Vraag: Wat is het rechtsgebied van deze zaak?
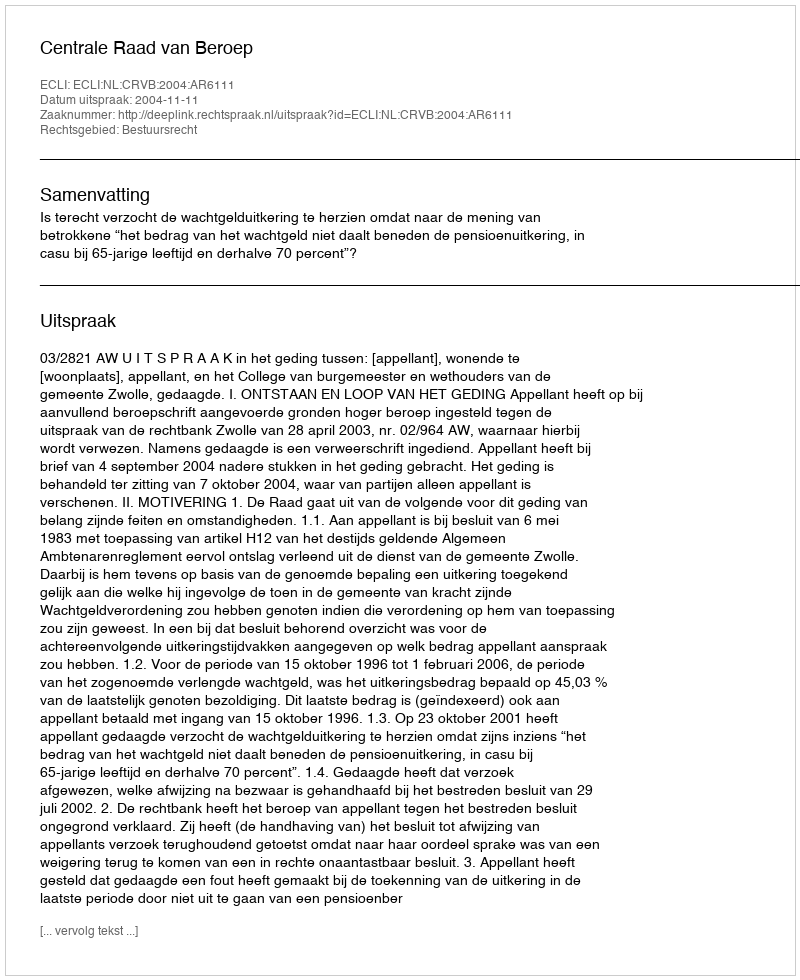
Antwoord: Bestuursrecht